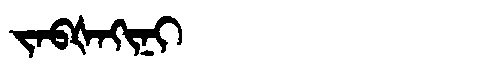
Manchu: ᠵᠠᠪᡧᠠᡴᡳᠨᡳ
Romanization: JABŠAKINI